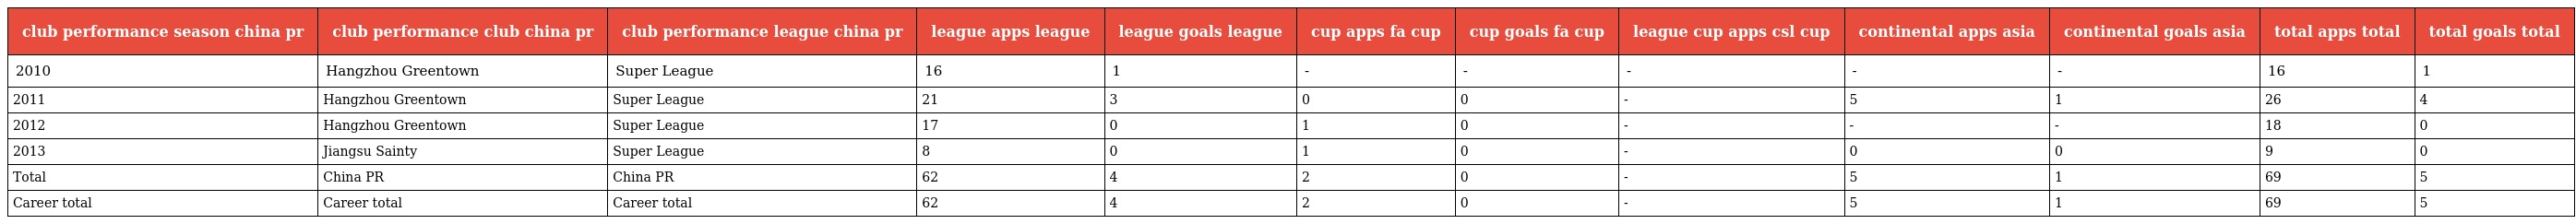
| club performance season china pr | club performance club china pr | club performance league china pr | league apps league | league goals league | cup apps fa cup | cup goals fa cup | league cup apps csl cup | continental apps asia | continental goals asia | total apps total | total goals total |
 | --- | --- | --- | --- | --- | --- | --- | --- | --- | --- | --- | --- |
 | 2010 | Hangzhou Greentown | Super League | 16 | 1 | - | - | - | - | - | 16 | 1 |
 | 2011 | Hangzhou Greentown | Super League | 21 | 3 | 0 | 0 | - | 5 | 1 | 26 | 4 |
 | 2012 | Hangzhou Greentown | Super League | 17 | 0 | 1 | 0 | - | - | - | 18 | 0 |
 | 2013 | Jiangsu Sainty | Super League | 8 | 0 | 1 | 0 | - | 0 | 0 | 9 | 0 |
 | Total | China PR | China PR | 62 | 4 | 2 | 0 | - | 5 | 1 | 69 | 5 |
 | Career total | Career total | Career total | 62 | 4 | 2 | 0 | - | 5 | 1 | 69 | 5 |